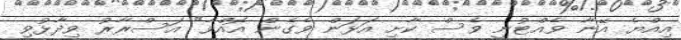
އިއްޔެ އޭނާ ވެއްޓުނީ ވެސް ކާށި އަޅަން ވެގެން އޮއްވާ" އަސްރާރު ވިދާޅުވި